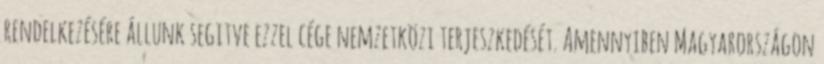
rendelkezésére állunk segitve ezzel cége nemzetközi terjeszkedését. Amennyiben Magyarországon